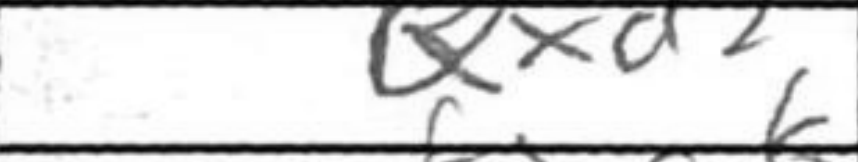
Transcription: Qxd2